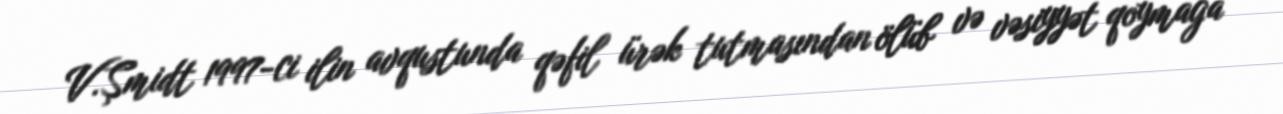
V.Şmidt 1997-ci ilin avqustunda qəfil ürək tutmasından ölüb və vəsiyyət qoymağa